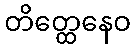
တိတ္ထေနေဝ